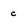
Character: c